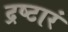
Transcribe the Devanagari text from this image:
द्रष्टारं